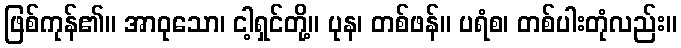
ဖြစ်ကုန်၏။ အာဝုသော၊ ငါ့ရှင်တို့။ ပုန၊ တစ်ဖန်။ ပရံစ၊ တစ်ပါးတုံလည်း။